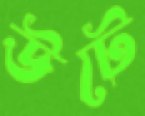
উটে